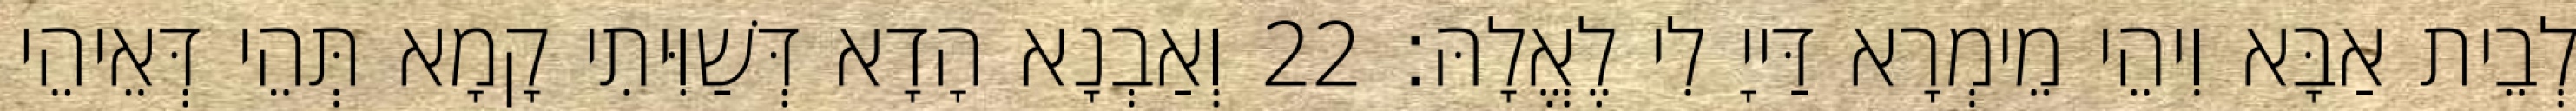
לְבֵית אַבָּא וִיהֵי מֵימְרָא דַּייָ לִי לֶאֱלָהּ׃ 22 וְאַבְנָא הָדָא דְּשַׁוִּיתִי קָמָא תְּהֵי דְּאֵיהֵי